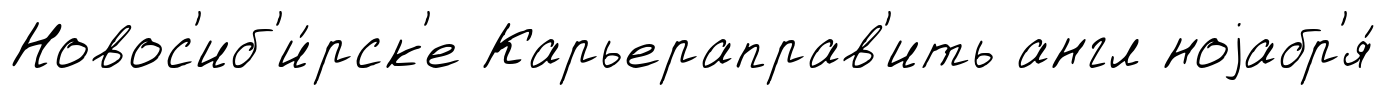
Новос'иб'и́рск'е Карьераправ'ить англ ноjабр'я́